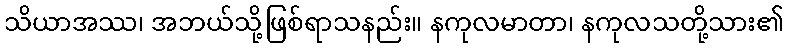
သိယာအဿ၊ အဘယ်သို့ဖြစ်ရာသနည်း။ နကုလမာတာ၊ နကုလသတို့သား၏